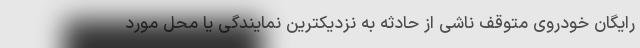
رایگان خودروی متوقف ناشی از حادثه به نزدیکترین نمایندگی یا محل مورد